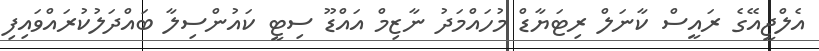
އެލްޖީއޭގެ ރައީސް ކާނަލް ރިޓަޔާޑް މުހައްމަދު ނާޒިމް އައްޑޫ ސިޓީ ކައުންސިލާ ބައްދަލުކުރައްވައިފި